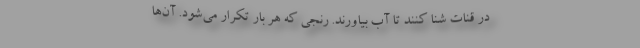
در قنات شنا کنند تا آب بیاورند. رنجی که هر بار تکرار می‌شود. آن‌ها